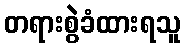
တရားစွဲခံထားရသူ